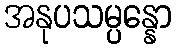
အနုပသမ္ပန္နော